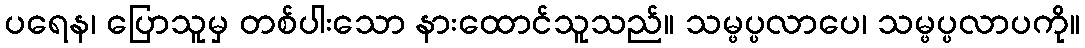
ပရေန၊ ပြောသူမှ တစ်ပါးသော နားထောင်သူသည်။ သမ္ဖပ္ပလာပေ၊ သမ္ဖပ္ပလာပကို။